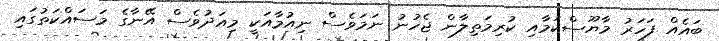
ބައެއް ފަހަރު މާޔޫސްކަމާއި ކުރިމަތިލާން ޖެހުނު ނަމަވެސް ނިއުމާއަކީ މިއަދުވެސް އޭނާގެ މަސައްކަތުގައި